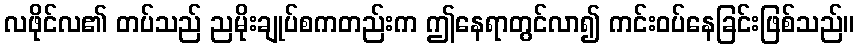
လဖိုင်လ၏ တပ်သည် ညမိုးချုပ်စကတည်းက ဤနေရာတွင်လာ၍ ကင်းဝပ်နေခြင်းဖြစ်သည်။